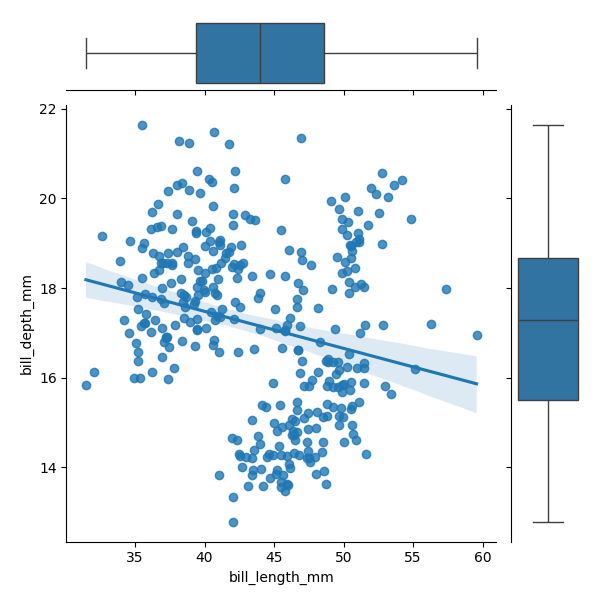
python, seaborn, JointGrid, regplot, boxplot